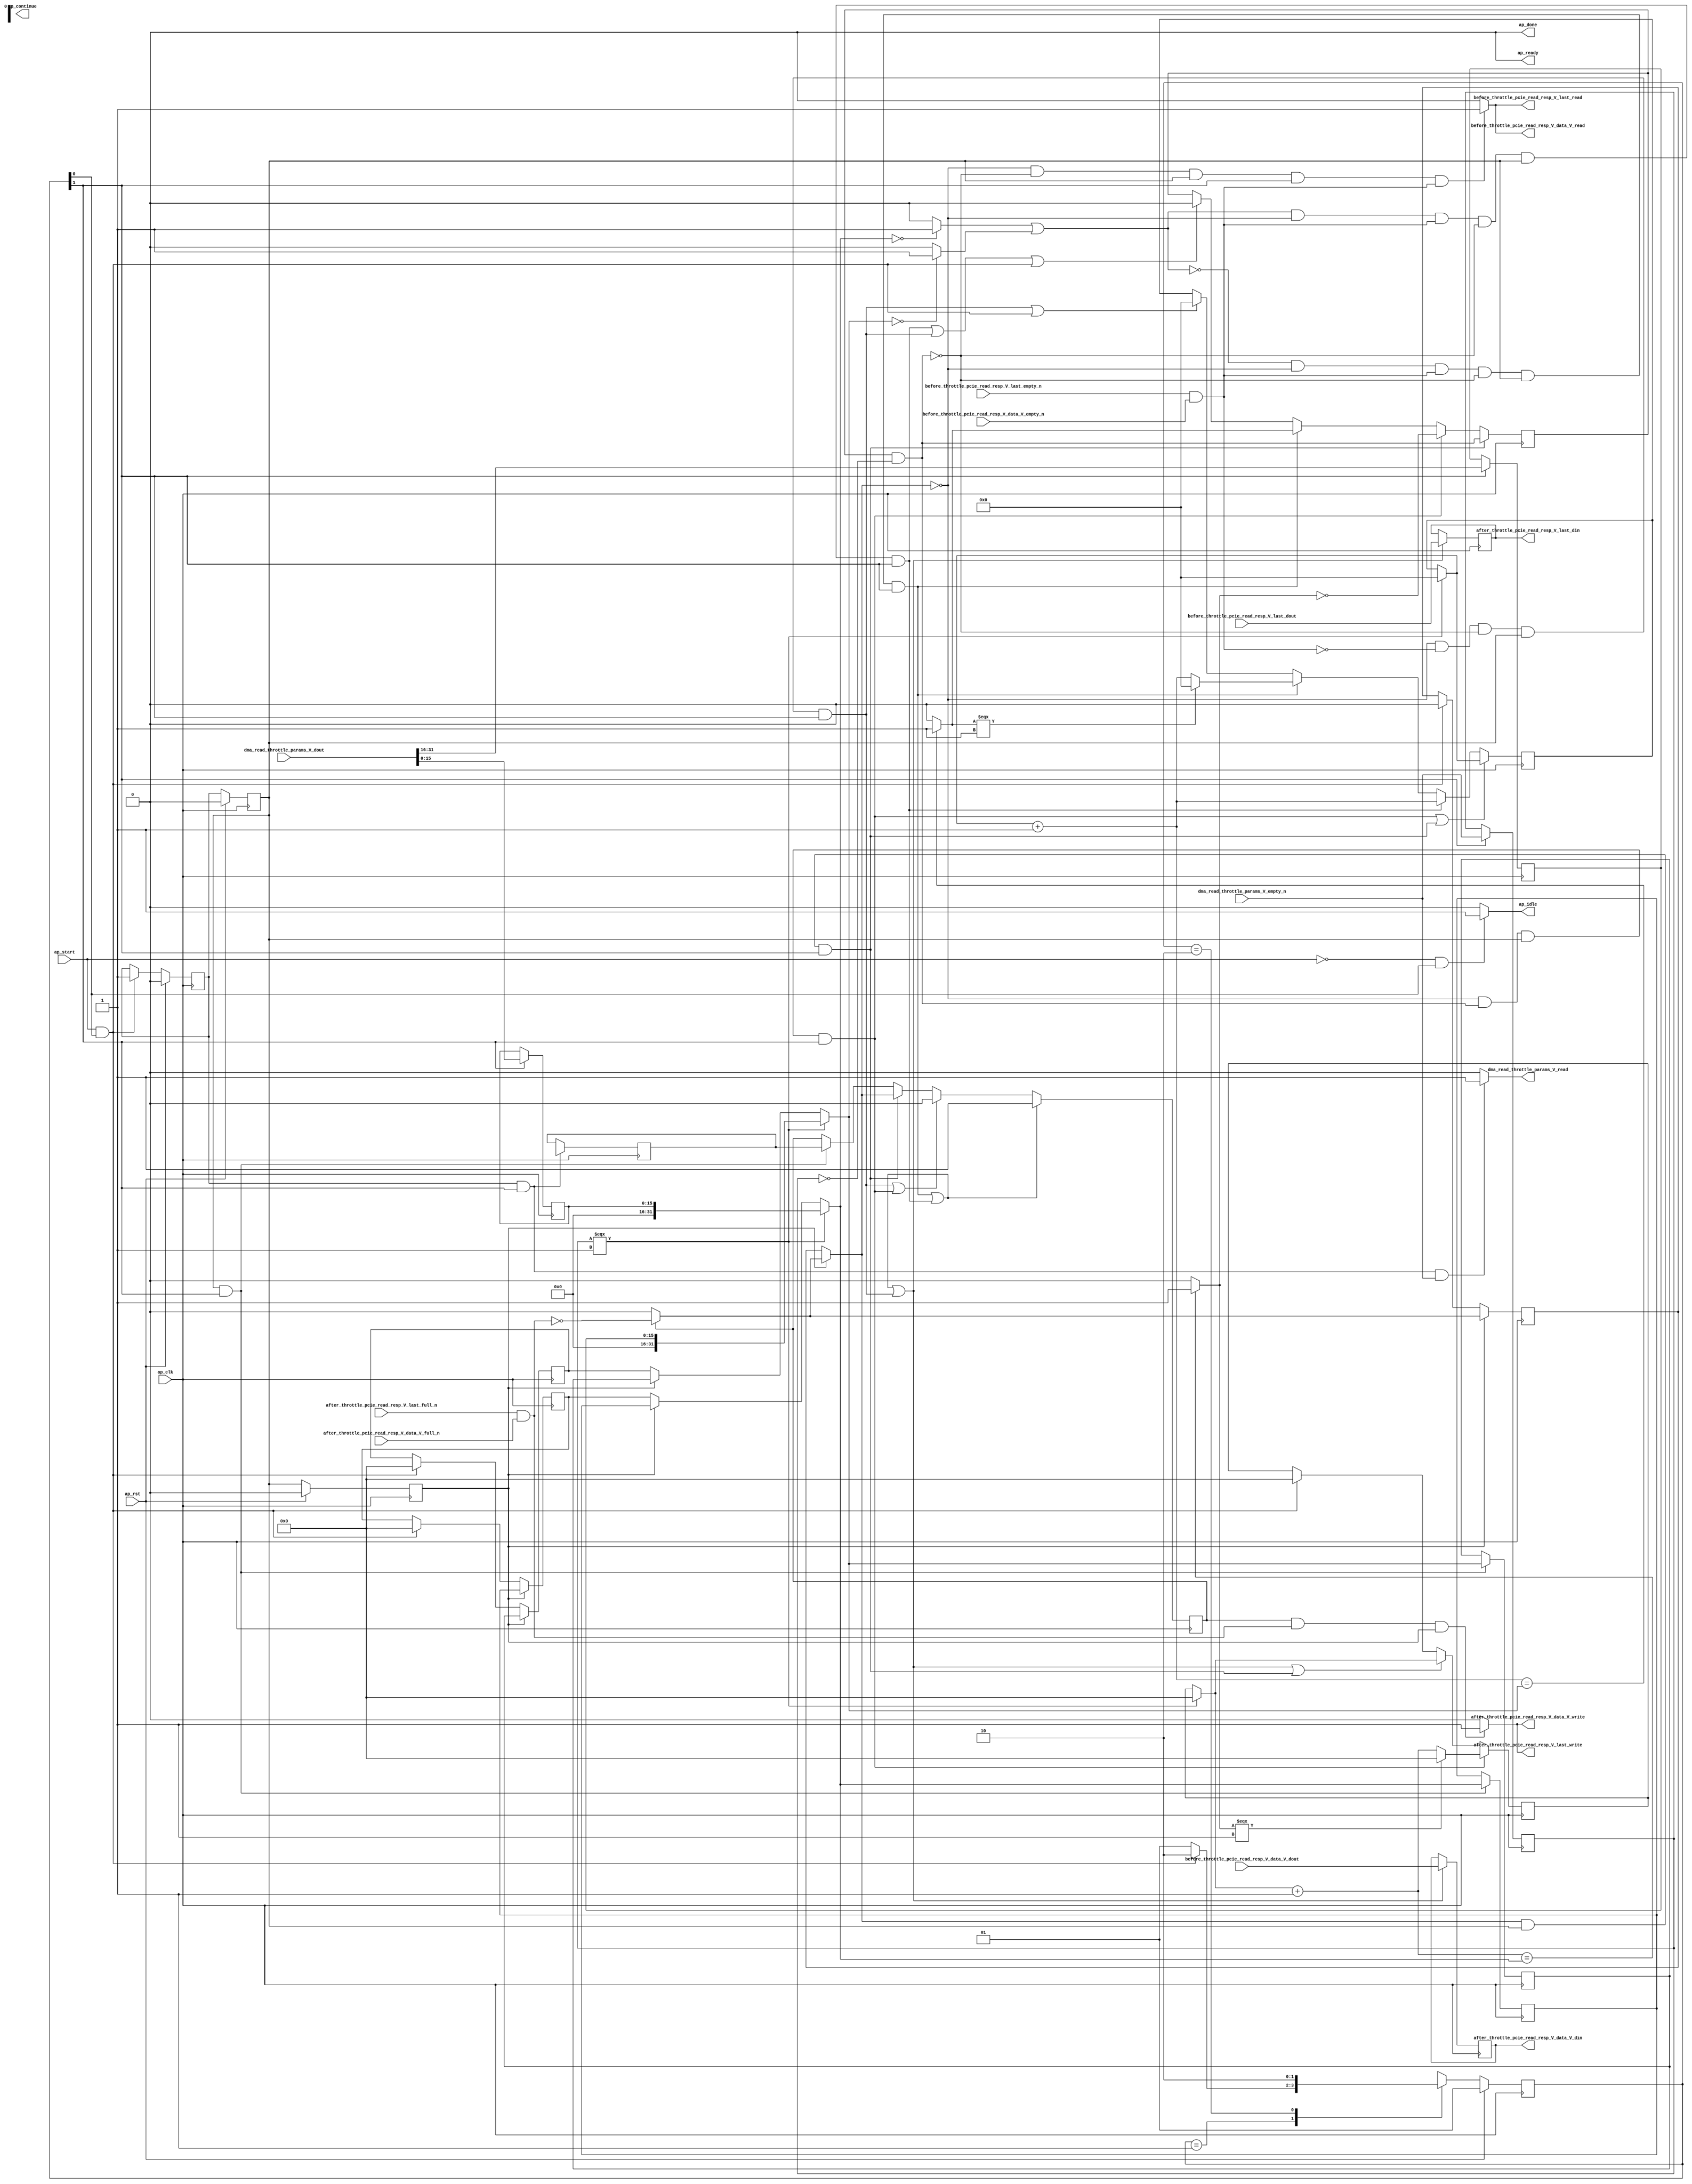
// ==============================================================
// RTL generated by Vivado(TM) HLS - High-Level Synthesis from C, C++ and SystemC
// Version: 2017.4.op
// Copyright (C) 1986-2018 Xilinx, Inc. All Rights Reserved.
// 
// ===========================================================

`timescale 1 ns / 1 ps 

(* CORE_GENERATION_INFO="pcie_read_throttle_unit,hls_ip_2017_4_op,{HLS_INPUT_TYPE=cxx,HLS_INPUT_FLOAT=0,HLS_INPUT_FIXED=0,HLS_INPUT_PART=xcvu9p-flgb2104-2-i,HLS_INPUT_CLOCK=4.000000,HLS_INPUT_ARCH=others,HLS_SYN_CLOCK=3.196250,HLS_SYN_LAT=-1,HLS_SYN_TPT=none,HLS_SYN_MEM=0,HLS_SYN_DSP=0,HLS_SYN_FF=740,HLS_SYN_LUT=581}" *)

module pcie_read_throttle_unit (
        ap_clk,
        ap_rst,
        ap_start,
        ap_done,
ap_continue,
        ap_idle,
        ap_ready,
        dma_read_throttle_params_V_dout,
        dma_read_throttle_params_V_empty_n,
        dma_read_throttle_params_V_read,
        before_throttle_pcie_read_resp_V_last_dout,
        before_throttle_pcie_read_resp_V_last_empty_n,
        before_throttle_pcie_read_resp_V_last_read,
        before_throttle_pcie_read_resp_V_data_V_dout,
        before_throttle_pcie_read_resp_V_data_V_empty_n,
        before_throttle_pcie_read_resp_V_data_V_read,
        after_throttle_pcie_read_resp_V_last_din,
        after_throttle_pcie_read_resp_V_last_full_n,
        after_throttle_pcie_read_resp_V_last_write,
        after_throttle_pcie_read_resp_V_data_V_din,
        after_throttle_pcie_read_resp_V_data_V_full_n,
        after_throttle_pcie_read_resp_V_data_V_write
);

parameter    ap_ST_fsm_state1 = 2'd1;
parameter    ap_ST_fsm_pp0_stage0 = 2'd2;

input   ap_clk;
input   ap_rst;
input   ap_start;
output   ap_done;
output   ap_idle;
output ap_ready; output ap_continue;
input  [31:0] dma_read_throttle_params_V_dout;
input   dma_read_throttle_params_V_empty_n;
output   dma_read_throttle_params_V_read;
input   before_throttle_pcie_read_resp_V_last_dout;
input   before_throttle_pcie_read_resp_V_last_empty_n;
output   before_throttle_pcie_read_resp_V_last_read;
input  [511:0] before_throttle_pcie_read_resp_V_data_V_dout;
input   before_throttle_pcie_read_resp_V_data_V_empty_n;
output   before_throttle_pcie_read_resp_V_data_V_read;
output   after_throttle_pcie_read_resp_V_last_din;
input   after_throttle_pcie_read_resp_V_last_full_n;
output   after_throttle_pcie_read_resp_V_last_write;
output  [511:0] after_throttle_pcie_read_resp_V_data_V_din;
input   after_throttle_pcie_read_resp_V_data_V_full_n;
output   after_throttle_pcie_read_resp_V_data_V_write;

reg ap_idle;
reg dma_read_throttle_params_V_read;

(* fsm_encoding = "none" *) reg   [1:0] ap_CS_fsm;
wire    ap_CS_fsm_state1;
reg   [31:0] throttle_threshold_reg_162;
reg   [31:0] throttle_cnt_reg_173;
reg   [0:0] valid_read_resp_reg_184;
reg   [0:0] empty_n_reg_504;
wire    ap_CS_fsm_pp0_stage0;
wire    ap_block_state2_pp0_stage0_iter0;
wire    ap_block_state3_pp0_stage0_iter1;
wire    ap_block_state4_pp0_stage0_iter2;
wire    ap_block_pp0_stage0_11001;
wire   [15:0] throttle_cnt_2_fu_269_p1;
reg   [15:0] throttle_cnt_2_reg_513;
reg   [15:0] throttle_threshold_1_reg_518;
wire   [31:0] throttle_threshold_3_fu_306_p3;
reg   [31:0] throttle_threshold_3_reg_523;
reg    ap_enable_reg_pp0_iter1;
wire   [31:0] throttle_cnt_1_fu_313_p3;
reg   [31:0] throttle_cnt_1_reg_528;
wire   [0:0] read_resp_stall_1_fu_325_p2;
wire   [0:0] empty_n_2_fu_339_p1;
reg   [0:0] ap_phi_mux_valid_read_resp_phi_fu_188_p4;
wire   [0:0] or_cond_fu_371_p2;
reg    ap_enable_reg_pp0_iter0;
wire    ap_block_pp0_stage0_subdone;
reg    ap_enable_reg_pp0_iter2;
reg   [31:0] ap_phi_mux_throttle_threshold_phi_fu_166_p4;
wire    ap_block_pp0_stage0;
reg   [31:0] ap_phi_mux_throttle_cnt_phi_fu_177_p4;
reg   [0:0] ap_phi_mux_valid_read_resp_5_phi_fu_222_p4;
wire   [0:0] ap_phi_mux_valid_read_resp_3_phi_fu_201_p10;
wire   [0:0] ap_phi_reg_pp0_iter0_valid_read_resp_3_reg_196;
reg   [0:0] ap_phi_reg_pp0_iter1_valid_read_resp_3_reg_196;
reg   [0:0] ap_phi_reg_pp0_iter2_valid_read_resp_3_reg_196;
wire   [0:0] not_full_n_i_fu_459_p2;
wire   [0:0] ap_phi_reg_pp0_iter2_valid_read_resp_5_reg_218;
reg    before_throttle_pcie_read_resp_V_last0_update;
wire   [0:0] empty_n_1_nbread_fu_144_p3_0;
reg    after_throttle_pcie_read_resp_V_last1_update;
wire   [0:0] full_n_nbwrite_fu_152_p5;
wire    ap_block_pp0_stage0_01001;
reg   [31:0] read_resp_stall_times_fu_118;
wire   [31:0] read_resp_stall_times_1_fu_331_p3;
wire   [31:0] p_s_fu_428_p3;
reg   [0:0] read_resp_stall_fu_122;
wire   [0:0] tmp_s_fu_381_p2;
wire   [0:0] not_s_fu_422_p2;
reg   [24:0] read_resp_contiguous_times_V_1_fu_126;
wire   [24:0] p_1_fu_387_p3;
wire   [24:0] read_resp_contiguous_times_V_fu_353_p2;
wire   [24:0] p_0_1_fu_298_p3;
reg   [0:0] tmp_last_fu_130;
reg   [511:0] tmp_data_V_fu_134;
wire   [31:0] throttle_threshold_2_fu_292_p1;
wire   [31:0] throttle_cnt_2_cast_fu_295_p1;
wire   [0:0] not_empty_n_fu_320_p2;
wire   [0:0] tmp_7_fu_359_p2;
wire   [0:0] tmp_8_fu_365_p2;
wire   [31:0] tmp_9_fu_377_p1;
wire   [31:0] read_resp_stall_times_2_fu_410_p2;
wire   [0:0] tmp_4_fu_416_p2;
reg   [1:0] ap_NS_fsm;
reg    ap_idle_pp0;
wire    ap_enable_pp0;

// power-on initialization
initial begin
#0 ap_CS_fsm = 2'd1;
#0 ap_enable_reg_pp0_iter1 = 1'b0;
#0 ap_enable_reg_pp0_iter0 = 1'b0;
#0 ap_enable_reg_pp0_iter2 = 1'b0;
end

always @ (posedge ap_clk) begin
    if (ap_rst == 1'b1) begin
        ap_CS_fsm <= ap_ST_fsm_state1;
    end else begin
        ap_CS_fsm <= ap_NS_fsm;
    end
end

always @ (posedge ap_clk) begin
    if (ap_rst == 1'b1) begin
        ap_enable_reg_pp0_iter0 <= 1'b0;
    end else begin
        if (((ap_start == 1'b1) & (1'b1 == ap_CS_fsm_state1))) begin
            ap_enable_reg_pp0_iter0 <= 1'b1;
        end
    end
end

always @ (posedge ap_clk) begin
    if (ap_rst == 1'b1) begin
        ap_enable_reg_pp0_iter1 <= 1'b0;
    end else begin
        if ((1'b0 == ap_block_pp0_stage0_subdone)) begin
            ap_enable_reg_pp0_iter1 <= ap_enable_reg_pp0_iter0;
        end else if (((ap_start == 1'b1) & (1'b1 == ap_CS_fsm_state1))) begin
            ap_enable_reg_pp0_iter1 <= 1'b0;
        end
    end
end

always @ (posedge ap_clk) begin
    if (ap_rst == 1'b1) begin
        ap_enable_reg_pp0_iter2 <= 1'b0;
    end else begin
        if ((1'b0 == ap_block_pp0_stage0_subdone)) begin
            ap_enable_reg_pp0_iter2 <= ap_enable_reg_pp0_iter1;
        end else if (((ap_start == 1'b1) & (1'b1 == ap_CS_fsm_state1))) begin
            ap_enable_reg_pp0_iter2 <= 1'b0;
        end
    end
end

always @ (posedge ap_clk) begin
    if ((((or_cond_fu_371_p2 == 1'd0) & (ap_phi_mux_valid_read_resp_phi_fu_188_p4 == 1'd0) & (empty_n_2_fu_339_p1 == 1'd1) & (read_resp_stall_1_fu_325_p2 == 1'd0) & (1'b0 == ap_block_pp0_stage0_11001) & (ap_enable_reg_pp0_iter1 == 1'b1) & (1'b1 == ap_CS_fsm_pp0_stage0)) | ((or_cond_fu_371_p2 == 1'd1) & (ap_phi_mux_valid_read_resp_phi_fu_188_p4 == 1'd0) & (empty_n_2_fu_339_p1 == 1'd1) & (read_resp_stall_1_fu_325_p2 == 1'd0) & (1'b0 == ap_block_pp0_stage0_11001) & (ap_enable_reg_pp0_iter1 == 1'b1) & (1'b1 == ap_CS_fsm_pp0_stage0)))) begin
        ap_phi_reg_pp0_iter2_valid_read_resp_3_reg_196 <= 1'd1;
    end else if ((((ap_phi_mux_valid_read_resp_phi_fu_188_p4 == 1'd0) & (empty_n_2_fu_339_p1 == 1'd0) & (read_resp_stall_1_fu_325_p2 == 1'd0) & (1'b0 == ap_block_pp0_stage0_11001) & (ap_enable_reg_pp0_iter1 == 1'b1) & (1'b1 == ap_CS_fsm_pp0_stage0)) | ((ap_phi_mux_valid_read_resp_phi_fu_188_p4 == 1'd0) & (read_resp_stall_1_fu_325_p2 == 1'd1) & (1'b0 == ap_block_pp0_stage0_11001) & (ap_enable_reg_pp0_iter1 == 1'b1) & (1'b1 == ap_CS_fsm_pp0_stage0)))) begin
        ap_phi_reg_pp0_iter2_valid_read_resp_3_reg_196 <= 1'd0;
    end else if (((ap_phi_mux_valid_read_resp_phi_fu_188_p4 == 1'd1) & (1'b0 == ap_block_pp0_stage0_11001) & (ap_enable_reg_pp0_iter1 == 1'b1) & (1'b1 == ap_CS_fsm_pp0_stage0))) begin
        ap_phi_reg_pp0_iter2_valid_read_resp_3_reg_196 <= ap_phi_mux_valid_read_resp_phi_fu_188_p4;
    end else if (((1'b0 == ap_block_pp0_stage0_11001) & (ap_enable_reg_pp0_iter1 == 1'b1) & (1'b1 == ap_CS_fsm_pp0_stage0))) begin
        ap_phi_reg_pp0_iter2_valid_read_resp_3_reg_196 <= ap_phi_reg_pp0_iter1_valid_read_resp_3_reg_196;
    end
end

always @ (posedge ap_clk) begin
    if ((((ap_phi_mux_valid_read_resp_phi_fu_188_p4 == 1'd0) & (read_resp_stall_1_fu_325_p2 == 1'd1) & (1'b0 == ap_block_pp0_stage0_11001) & (ap_enable_reg_pp0_iter1 == 1'b1) & (1'b1 == ap_CS_fsm_pp0_stage0)) | ((ap_phi_mux_valid_read_resp_phi_fu_188_p4 == 1'd1) & (1'b0 == ap_block_pp0_stage0_11001) & (ap_enable_reg_pp0_iter1 == 1'b1) & (1'b1 == ap_CS_fsm_pp0_stage0)))) begin
        read_resp_contiguous_times_V_1_fu_126 <= p_0_1_fu_298_p3;
    end else if (((or_cond_fu_371_p2 == 1'd1) & (ap_phi_mux_valid_read_resp_phi_fu_188_p4 == 1'd0) & (empty_n_2_fu_339_p1 == 1'd1) & (read_resp_stall_1_fu_325_p2 == 1'd0) & (1'b0 == ap_block_pp0_stage0_11001) & (ap_enable_reg_pp0_iter1 == 1'b1) & (1'b1 == ap_CS_fsm_pp0_stage0))) begin
        read_resp_contiguous_times_V_1_fu_126 <= read_resp_contiguous_times_V_fu_353_p2;
    end else if (((or_cond_fu_371_p2 == 1'd0) & (ap_phi_mux_valid_read_resp_phi_fu_188_p4 == 1'd0) & (empty_n_2_fu_339_p1 == 1'd1) & (read_resp_stall_1_fu_325_p2 == 1'd0) & (1'b0 == ap_block_pp0_stage0_11001) & (ap_enable_reg_pp0_iter1 == 1'b1) & (1'b1 == ap_CS_fsm_pp0_stage0))) begin
        read_resp_contiguous_times_V_1_fu_126 <= p_1_fu_387_p3;
    end else if ((((ap_phi_mux_valid_read_resp_phi_fu_188_p4 == 1'd0) & (empty_n_2_fu_339_p1 == 1'd0) & (read_resp_stall_1_fu_325_p2 == 1'd0) & (1'b0 == ap_block_pp0_stage0_11001) & (ap_enable_reg_pp0_iter1 == 1'b1) & (1'b1 == ap_CS_fsm_pp0_stage0)) | ((ap_start == 1'b1) & (1'b1 == ap_CS_fsm_state1)))) begin
        read_resp_contiguous_times_V_1_fu_126 <= 25'd0;
    end
end

always @ (posedge ap_clk) begin
    if (((ap_phi_mux_valid_read_resp_phi_fu_188_p4 == 1'd1) & (1'b0 == ap_block_pp0_stage0_11001) & (ap_enable_reg_pp0_iter1 == 1'b1) & (1'b1 == ap_CS_fsm_pp0_stage0))) begin
        read_resp_stall_fu_122 <= read_resp_stall_1_fu_325_p2;
    end else if (((ap_phi_mux_valid_read_resp_phi_fu_188_p4 == 1'd0) & (read_resp_stall_1_fu_325_p2 == 1'd1) & (1'b0 == ap_block_pp0_stage0_11001) & (ap_enable_reg_pp0_iter1 == 1'b1) & (1'b1 == ap_CS_fsm_pp0_stage0))) begin
        read_resp_stall_fu_122 <= not_s_fu_422_p2;
    end else if (((or_cond_fu_371_p2 == 1'd0) & (ap_phi_mux_valid_read_resp_phi_fu_188_p4 == 1'd0) & (empty_n_2_fu_339_p1 == 1'd1) & (read_resp_stall_1_fu_325_p2 == 1'd0) & (1'b0 == ap_block_pp0_stage0_11001) & (ap_enable_reg_pp0_iter1 == 1'b1) & (1'b1 == ap_CS_fsm_pp0_stage0))) begin
        read_resp_stall_fu_122 <= tmp_s_fu_381_p2;
    end else if ((((or_cond_fu_371_p2 == 1'd1) & (ap_phi_mux_valid_read_resp_phi_fu_188_p4 == 1'd0) & (empty_n_2_fu_339_p1 == 1'd1) & (read_resp_stall_1_fu_325_p2 == 1'd0) & (1'b0 == ap_block_pp0_stage0_11001) & (ap_enable_reg_pp0_iter1 == 1'b1) & (1'b1 == ap_CS_fsm_pp0_stage0)) | ((ap_phi_mux_valid_read_resp_phi_fu_188_p4 == 1'd0) & (empty_n_2_fu_339_p1 == 1'd0) & (read_resp_stall_1_fu_325_p2 == 1'd0) & (1'b0 == ap_block_pp0_stage0_11001) & (ap_enable_reg_pp0_iter1 == 1'b1) & (1'b1 == ap_CS_fsm_pp0_stage0)) | ((ap_start == 1'b1) & (1'b1 == ap_CS_fsm_state1)))) begin
        read_resp_stall_fu_122 <= 1'd0;
    end
end

always @ (posedge ap_clk) begin
    if (((ap_phi_mux_valid_read_resp_phi_fu_188_p4 == 1'd0) & (read_resp_stall_1_fu_325_p2 == 1'd1) & (1'b0 == ap_block_pp0_stage0_11001) & (ap_enable_reg_pp0_iter1 == 1'b1) & (1'b1 == ap_CS_fsm_pp0_stage0))) begin
        read_resp_stall_times_fu_118 <= p_s_fu_428_p3;
    end else if ((((or_cond_fu_371_p2 == 1'd0) & (ap_phi_mux_valid_read_resp_phi_fu_188_p4 == 1'd0) & (empty_n_2_fu_339_p1 == 1'd1) & (read_resp_stall_1_fu_325_p2 == 1'd0) & (1'b0 == ap_block_pp0_stage0_11001) & (ap_enable_reg_pp0_iter1 == 1'b1) & (1'b1 == ap_CS_fsm_pp0_stage0)) | ((or_cond_fu_371_p2 == 1'd1) & (ap_phi_mux_valid_read_resp_phi_fu_188_p4 == 1'd0) & (empty_n_2_fu_339_p1 == 1'd1) & (read_resp_stall_1_fu_325_p2 == 1'd0) & (1'b0 == ap_block_pp0_stage0_11001) & (ap_enable_reg_pp0_iter1 == 1'b1) & (1'b1 == ap_CS_fsm_pp0_stage0)) | ((ap_phi_mux_valid_read_resp_phi_fu_188_p4 == 1'd0) & (empty_n_2_fu_339_p1 == 1'd0) & (read_resp_stall_1_fu_325_p2 == 1'd0) & (1'b0 == ap_block_pp0_stage0_11001) & (ap_enable_reg_pp0_iter1 == 1'b1) & (1'b1 == ap_CS_fsm_pp0_stage0)) | ((ap_phi_mux_valid_read_resp_phi_fu_188_p4 == 1'd1) & (1'b0 == ap_block_pp0_stage0_11001) & (ap_enable_reg_pp0_iter1 == 1'b1) & (1'b1 == ap_CS_fsm_pp0_stage0)))) begin
        read_resp_stall_times_fu_118 <= read_resp_stall_times_1_fu_331_p3;
    end else if (((ap_start == 1'b1) & (1'b1 == ap_CS_fsm_state1))) begin
        read_resp_stall_times_fu_118 <= 32'd0;
    end
end

always @ (posedge ap_clk) begin
    if (((1'b0 == ap_block_pp0_stage0_11001) & (ap_enable_reg_pp0_iter2 == 1'b1))) begin
        throttle_cnt_reg_173 <= throttle_cnt_1_reg_528;
    end else if (((ap_start == 1'b1) & (1'b1 == ap_CS_fsm_state1))) begin
        throttle_cnt_reg_173 <= 32'd0;
    end
end

always @ (posedge ap_clk) begin
    if (((1'b0 == ap_block_pp0_stage0_11001) & (ap_enable_reg_pp0_iter2 == 1'b1))) begin
        throttle_threshold_reg_162 <= throttle_threshold_3_reg_523;
    end else if (((ap_start == 1'b1) & (1'b1 == ap_CS_fsm_state1))) begin
        throttle_threshold_reg_162 <= 32'd0;
    end
end

always @ (posedge ap_clk) begin
    if (((1'b0 == ap_block_pp0_stage0_11001) & (ap_enable_reg_pp0_iter2 == 1'b1))) begin
        valid_read_resp_reg_184 <= ap_phi_mux_valid_read_resp_5_phi_fu_222_p4;
    end else if (((ap_start == 1'b1) & (1'b1 == ap_CS_fsm_state1))) begin
        valid_read_resp_reg_184 <= 1'd0;
    end
end

always @ (posedge ap_clk) begin
    if (((1'b0 == ap_block_pp0_stage0_11001) & (ap_enable_reg_pp0_iter0 == 1'b1) & (1'b1 == ap_CS_fsm_pp0_stage0))) begin
        ap_phi_reg_pp0_iter1_valid_read_resp_3_reg_196 <= ap_phi_reg_pp0_iter0_valid_read_resp_3_reg_196;
    end
end

always @ (posedge ap_clk) begin
    if (((1'b0 == ap_block_pp0_stage0_11001) & (1'b1 == ap_CS_fsm_pp0_stage0))) begin
        empty_n_reg_504 <= dma_read_throttle_params_V_empty_n;
        throttle_cnt_2_reg_513 <= throttle_cnt_2_fu_269_p1;
        throttle_threshold_1_reg_518 <= {{dma_read_throttle_params_V_dout[31:16]}};
    end
end

always @ (posedge ap_clk) begin
    if (((1'b0 == ap_block_pp0_stage0_11001) & (ap_enable_reg_pp0_iter1 == 1'b1) & (1'b1 == ap_CS_fsm_pp0_stage0))) begin
        throttle_cnt_1_reg_528 <= throttle_cnt_1_fu_313_p3;
        throttle_threshold_3_reg_523 <= throttle_threshold_3_fu_306_p3;
    end
end

always @ (posedge ap_clk) begin
    if ((((or_cond_fu_371_p2 == 1'd0) & (ap_phi_mux_valid_read_resp_phi_fu_188_p4 == 1'd0) & (empty_n_2_fu_339_p1 == 1'd1) & (read_resp_stall_1_fu_325_p2 == 1'd0) & (1'b0 == ap_block_pp0_stage0_11001) & (ap_enable_reg_pp0_iter1 == 1'b1) & (1'b1 == ap_CS_fsm_pp0_stage0)) | ((or_cond_fu_371_p2 == 1'd1) & (ap_phi_mux_valid_read_resp_phi_fu_188_p4 == 1'd0) & (empty_n_2_fu_339_p1 == 1'd1) & (read_resp_stall_1_fu_325_p2 == 1'd0) & (1'b0 == ap_block_pp0_stage0_11001) & (ap_enable_reg_pp0_iter1 == 1'b1) & (1'b1 == ap_CS_fsm_pp0_stage0)) | ((ap_phi_mux_valid_read_resp_phi_fu_188_p4 == 1'd0) & (empty_n_2_fu_339_p1 == 1'd0) & (read_resp_stall_1_fu_325_p2 == 1'd0) & (1'b0 == ap_block_pp0_stage0_11001) & (ap_enable_reg_pp0_iter1 == 1'b1) & (1'b1 == ap_CS_fsm_pp0_stage0)))) begin
        tmp_data_V_fu_134 <= before_throttle_pcie_read_resp_V_data_V_dout;
        tmp_last_fu_130 <= before_throttle_pcie_read_resp_V_last_dout;
    end
end

always @ (*) begin
    if (((ap_phi_mux_valid_read_resp_3_phi_fu_201_p10 == 1'd1) & (1'b0 == ap_block_pp0_stage0_11001) & ((after_throttle_pcie_read_resp_V_last_full_n & after_throttle_pcie_read_resp_V_data_V_full_n) == 1'b1) & (ap_enable_reg_pp0_iter2 == 1'b1))) begin
        after_throttle_pcie_read_resp_V_last1_update = 1'b1;
    end else begin
        after_throttle_pcie_read_resp_V_last1_update = 1'b0;
    end
end

always @ (*) begin
    if (((ap_start == 1'b0) & (1'b1 == ap_CS_fsm_state1))) begin
        ap_idle = 1'b1;
    end else begin
        ap_idle = 1'b0;
    end
end

always @ (*) begin
    if (((ap_enable_reg_pp0_iter0 == 1'b0) & (ap_enable_reg_pp0_iter1 == 1'b0) & (ap_enable_reg_pp0_iter2 == 1'b0))) begin
        ap_idle_pp0 = 1'b1;
    end else begin
        ap_idle_pp0 = 1'b0;
    end
end

always @ (*) begin
    if (((ap_enable_reg_pp0_iter2 == 1'b1) & (1'b0 == ap_block_pp0_stage0))) begin
        ap_phi_mux_throttle_cnt_phi_fu_177_p4 = throttle_cnt_1_reg_528;
    end else begin
        ap_phi_mux_throttle_cnt_phi_fu_177_p4 = throttle_cnt_reg_173;
    end
end

always @ (*) begin
    if (((ap_enable_reg_pp0_iter2 == 1'b1) & (1'b0 == ap_block_pp0_stage0))) begin
        ap_phi_mux_throttle_threshold_phi_fu_166_p4 = throttle_threshold_3_reg_523;
    end else begin
        ap_phi_mux_throttle_threshold_phi_fu_166_p4 = throttle_threshold_reg_162;
    end
end

always @ (*) begin
    if (((ap_enable_reg_pp0_iter2 == 1'b1) & (1'b0 == ap_block_pp0_stage0))) begin
        if ((ap_phi_mux_valid_read_resp_3_phi_fu_201_p10 == 1'd0)) begin
            ap_phi_mux_valid_read_resp_5_phi_fu_222_p4 = ap_phi_reg_pp0_iter2_valid_read_resp_3_reg_196;
        end else if ((ap_phi_mux_valid_read_resp_3_phi_fu_201_p10 == 1'd1)) begin
            ap_phi_mux_valid_read_resp_5_phi_fu_222_p4 = not_full_n_i_fu_459_p2;
        end else begin
            ap_phi_mux_valid_read_resp_5_phi_fu_222_p4 = ap_phi_reg_pp0_iter2_valid_read_resp_5_reg_218;
        end
    end else begin
        ap_phi_mux_valid_read_resp_5_phi_fu_222_p4 = ap_phi_reg_pp0_iter2_valid_read_resp_5_reg_218;
    end
end

always @ (*) begin
    if (((ap_enable_reg_pp0_iter2 == 1'b1) & (1'b0 == ap_block_pp0_stage0))) begin
        ap_phi_mux_valid_read_resp_phi_fu_188_p4 = ap_phi_mux_valid_read_resp_5_phi_fu_222_p4;
    end else begin
        ap_phi_mux_valid_read_resp_phi_fu_188_p4 = valid_read_resp_reg_184;
    end
end

always @ (*) begin
    if (((ap_phi_mux_valid_read_resp_phi_fu_188_p4 == 1'd0) & (read_resp_stall_1_fu_325_p2 == 1'd0) & (1'b0 == ap_block_pp0_stage0_11001) & (ap_enable_reg_pp0_iter1 == 1'b1) & (1'b1 == ap_CS_fsm_pp0_stage0) & ((before_throttle_pcie_read_resp_V_last_empty_n & before_throttle_pcie_read_resp_V_data_V_empty_n) == 1'b1))) begin
        before_throttle_pcie_read_resp_V_last0_update = 1'b1;
    end else begin
        before_throttle_pcie_read_resp_V_last0_update = 1'b0;
    end
end

always @ (*) begin
    if (((1'b0 == ap_block_pp0_stage0_11001) & (ap_enable_reg_pp0_iter0 == 1'b1) & (1'b1 == ap_CS_fsm_pp0_stage0) & (dma_read_throttle_params_V_empty_n == 1'b1))) begin
        dma_read_throttle_params_V_read = 1'b1;
    end else begin
        dma_read_throttle_params_V_read = 1'b0;
    end
end

always @ (*) begin
    case (ap_CS_fsm)
        ap_ST_fsm_state1 : begin
            if (((ap_start == 1'b1) & (1'b1 == ap_CS_fsm_state1))) begin
                ap_NS_fsm = ap_ST_fsm_pp0_stage0;
            end else begin
                ap_NS_fsm = ap_ST_fsm_state1;
            end
        end
        ap_ST_fsm_pp0_stage0 : begin
            ap_NS_fsm = ap_ST_fsm_pp0_stage0;
        end
        default : begin
            ap_NS_fsm = 'bx;
        end
    endcase
end

assign after_throttle_pcie_read_resp_V_data_V_din = tmp_data_V_fu_134;

assign after_throttle_pcie_read_resp_V_data_V_write = after_throttle_pcie_read_resp_V_last1_update;

assign after_throttle_pcie_read_resp_V_last_din = tmp_last_fu_130;

assign after_throttle_pcie_read_resp_V_last_write = after_throttle_pcie_read_resp_V_last1_update;

assign ap_CS_fsm_pp0_stage0 = ap_CS_fsm[32'd1];

assign ap_CS_fsm_state1 = ap_CS_fsm[32'd0];

assign ap_block_pp0_stage0 = ~(1'b1 == 1'b1);

assign ap_block_pp0_stage0_01001 = ~(1'b1 == 1'b1);

assign ap_block_pp0_stage0_11001 = ~(1'b1 == 1'b1);

assign ap_block_pp0_stage0_subdone = ~(1'b1 == 1'b1);

assign ap_block_state2_pp0_stage0_iter0 = ~(1'b1 == 1'b1);

assign ap_block_state3_pp0_stage0_iter1 = ~(1'b1 == 1'b1);

assign ap_block_state4_pp0_stage0_iter2 = ~(1'b1 == 1'b1);

assign ap_done = 1'b0;

assign ap_enable_pp0 = (ap_idle_pp0 ^ 1'b1);

assign ap_phi_mux_valid_read_resp_3_phi_fu_201_p10 = ap_phi_reg_pp0_iter2_valid_read_resp_3_reg_196;

assign ap_phi_reg_pp0_iter0_valid_read_resp_3_reg_196 = 'bx;

assign ap_phi_reg_pp0_iter2_valid_read_resp_5_reg_218 = 'bx;

assign ap_ready = 1'b0;

assign before_throttle_pcie_read_resp_V_data_V_read = before_throttle_pcie_read_resp_V_last0_update;

assign before_throttle_pcie_read_resp_V_last_read = before_throttle_pcie_read_resp_V_last0_update;

assign empty_n_1_nbread_fu_144_p3_0 = (before_throttle_pcie_read_resp_V_last_empty_n & before_throttle_pcie_read_resp_V_data_V_empty_n);

assign empty_n_2_fu_339_p1 = empty_n_1_nbread_fu_144_p3_0;

assign full_n_nbwrite_fu_152_p5 = (after_throttle_pcie_read_resp_V_last_full_n & after_throttle_pcie_read_resp_V_data_V_full_n);

assign not_empty_n_fu_320_p2 = (empty_n_reg_504 ^ 1'd1);

assign not_full_n_i_fu_459_p2 = (full_n_nbwrite_fu_152_p5 ^ 1'd1);

assign not_s_fu_422_p2 = (tmp_4_fu_416_p2 ^ 1'd1);

assign or_cond_fu_371_p2 = (tmp_8_fu_365_p2 | tmp_7_fu_359_p2);

assign p_0_1_fu_298_p3 = ((empty_n_reg_504[0:0] === 1'b1) ? 25'd0 : read_resp_contiguous_times_V_1_fu_126);

assign p_1_fu_387_p3 = ((tmp_s_fu_381_p2[0:0] === 1'b1) ? 25'd0 : read_resp_contiguous_times_V_fu_353_p2);

assign p_s_fu_428_p3 = ((tmp_4_fu_416_p2[0:0] === 1'b1) ? 32'd0 : read_resp_stall_times_2_fu_410_p2);

assign read_resp_contiguous_times_V_fu_353_p2 = (p_0_1_fu_298_p3 + 25'd1);

assign read_resp_stall_1_fu_325_p2 = (read_resp_stall_fu_122 & not_empty_n_fu_320_p2);

assign read_resp_stall_times_1_fu_331_p3 = ((empty_n_reg_504[0:0] === 1'b1) ? 32'd0 : read_resp_stall_times_fu_118);

assign read_resp_stall_times_2_fu_410_p2 = (read_resp_stall_times_1_fu_331_p3 + 32'd1);

assign throttle_cnt_1_fu_313_p3 = ((empty_n_reg_504[0:0] === 1'b1) ? throttle_cnt_2_cast_fu_295_p1 : ap_phi_mux_throttle_cnt_phi_fu_177_p4);

assign throttle_cnt_2_cast_fu_295_p1 = throttle_cnt_2_reg_513;

assign throttle_cnt_2_fu_269_p1 = dma_read_throttle_params_V_dout[15:0];

assign throttle_threshold_2_fu_292_p1 = throttle_threshold_1_reg_518;

assign throttle_threshold_3_fu_306_p3 = ((empty_n_reg_504[0:0] === 1'b1) ? throttle_threshold_2_fu_292_p1 : ap_phi_mux_throttle_threshold_phi_fu_166_p4);

assign tmp_4_fu_416_p2 = ((read_resp_stall_times_2_fu_410_p2 == throttle_cnt_1_fu_313_p3) ? 1'b1 : 1'b0);

assign tmp_7_fu_359_p2 = ((throttle_threshold_3_fu_306_p3 == 32'd0) ? 1'b1 : 1'b0);

assign tmp_8_fu_365_p2 = ((throttle_cnt_1_fu_313_p3 == 32'd0) ? 1'b1 : 1'b0);

assign tmp_9_fu_377_p1 = read_resp_contiguous_times_V_fu_353_p2;

assign tmp_s_fu_381_p2 = ((tmp_9_fu_377_p1 == throttle_threshold_3_fu_306_p3) ? 1'b1 : 1'b0);

endmodule //pcie_read_throttle_unit